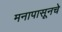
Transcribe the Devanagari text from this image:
मनापासूनचे